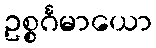
ဥစ္စင်္ဂမာယော